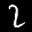
Label: 2